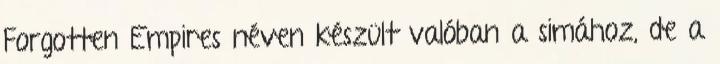
Forgotten Empires néven készült valóban a simához, de a